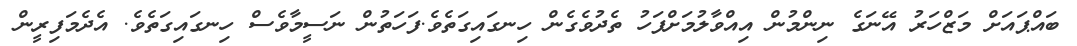
ބައްޕައަށް މަޒްހަރު އޭނަގެ ނިންމުން އިއްވާލުމަށްފަހު ތެދުވެގެން ހިނގައިގަތެވެ.ފަހަތުން ނަސީމާވެސް ހިނގައިގަތެވެ. އެދެމަފިރީން